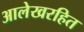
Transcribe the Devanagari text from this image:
आलेखरहित